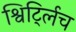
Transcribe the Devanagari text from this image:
श्विर्ट्लिच